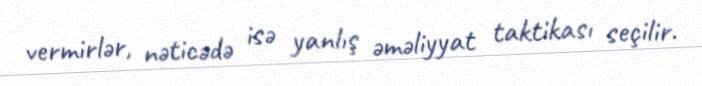
vermirlər, nəticədə isə yanlış əməliyyat taktikası seçilir.